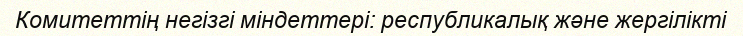
Комитеттің негізгі міндеттері: республикалық және жергілікті